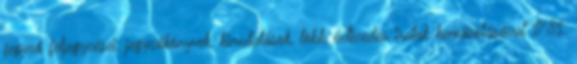
jegyző feljegyzései, jegyzőkönyvek, kimutatások, több évtizedes iratok bemásolásával 1781.